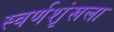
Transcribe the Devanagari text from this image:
स्वर्णशृंखला